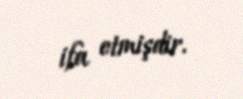
ifa etmişdir.